Problem: 6 + 40 = ?
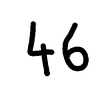
Handwritten answer: 46